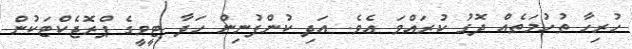
ހުރިހާ ތުހުމަތެއް ދޮގު ކުރައްވަ އެވެ. އަދި ކުންފުނިން ހަދާ ޓީވީގެ ޕްރޮޖެކްޓަކުން